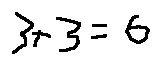
3 + 3 = 6